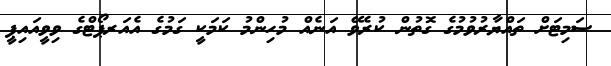
ސަމިޓަށް ތައްޔާރުވުމުގެ ގޮތުން ކުރެވޭ އަނެއް މުހިންމު ކަމަކީ ގަމުގެ އެއަރޕޯޓްގެ ވިވީއައިޕީ